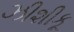
ઝીશીકૂ